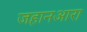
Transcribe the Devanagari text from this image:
जहानआरा